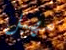
مهبل